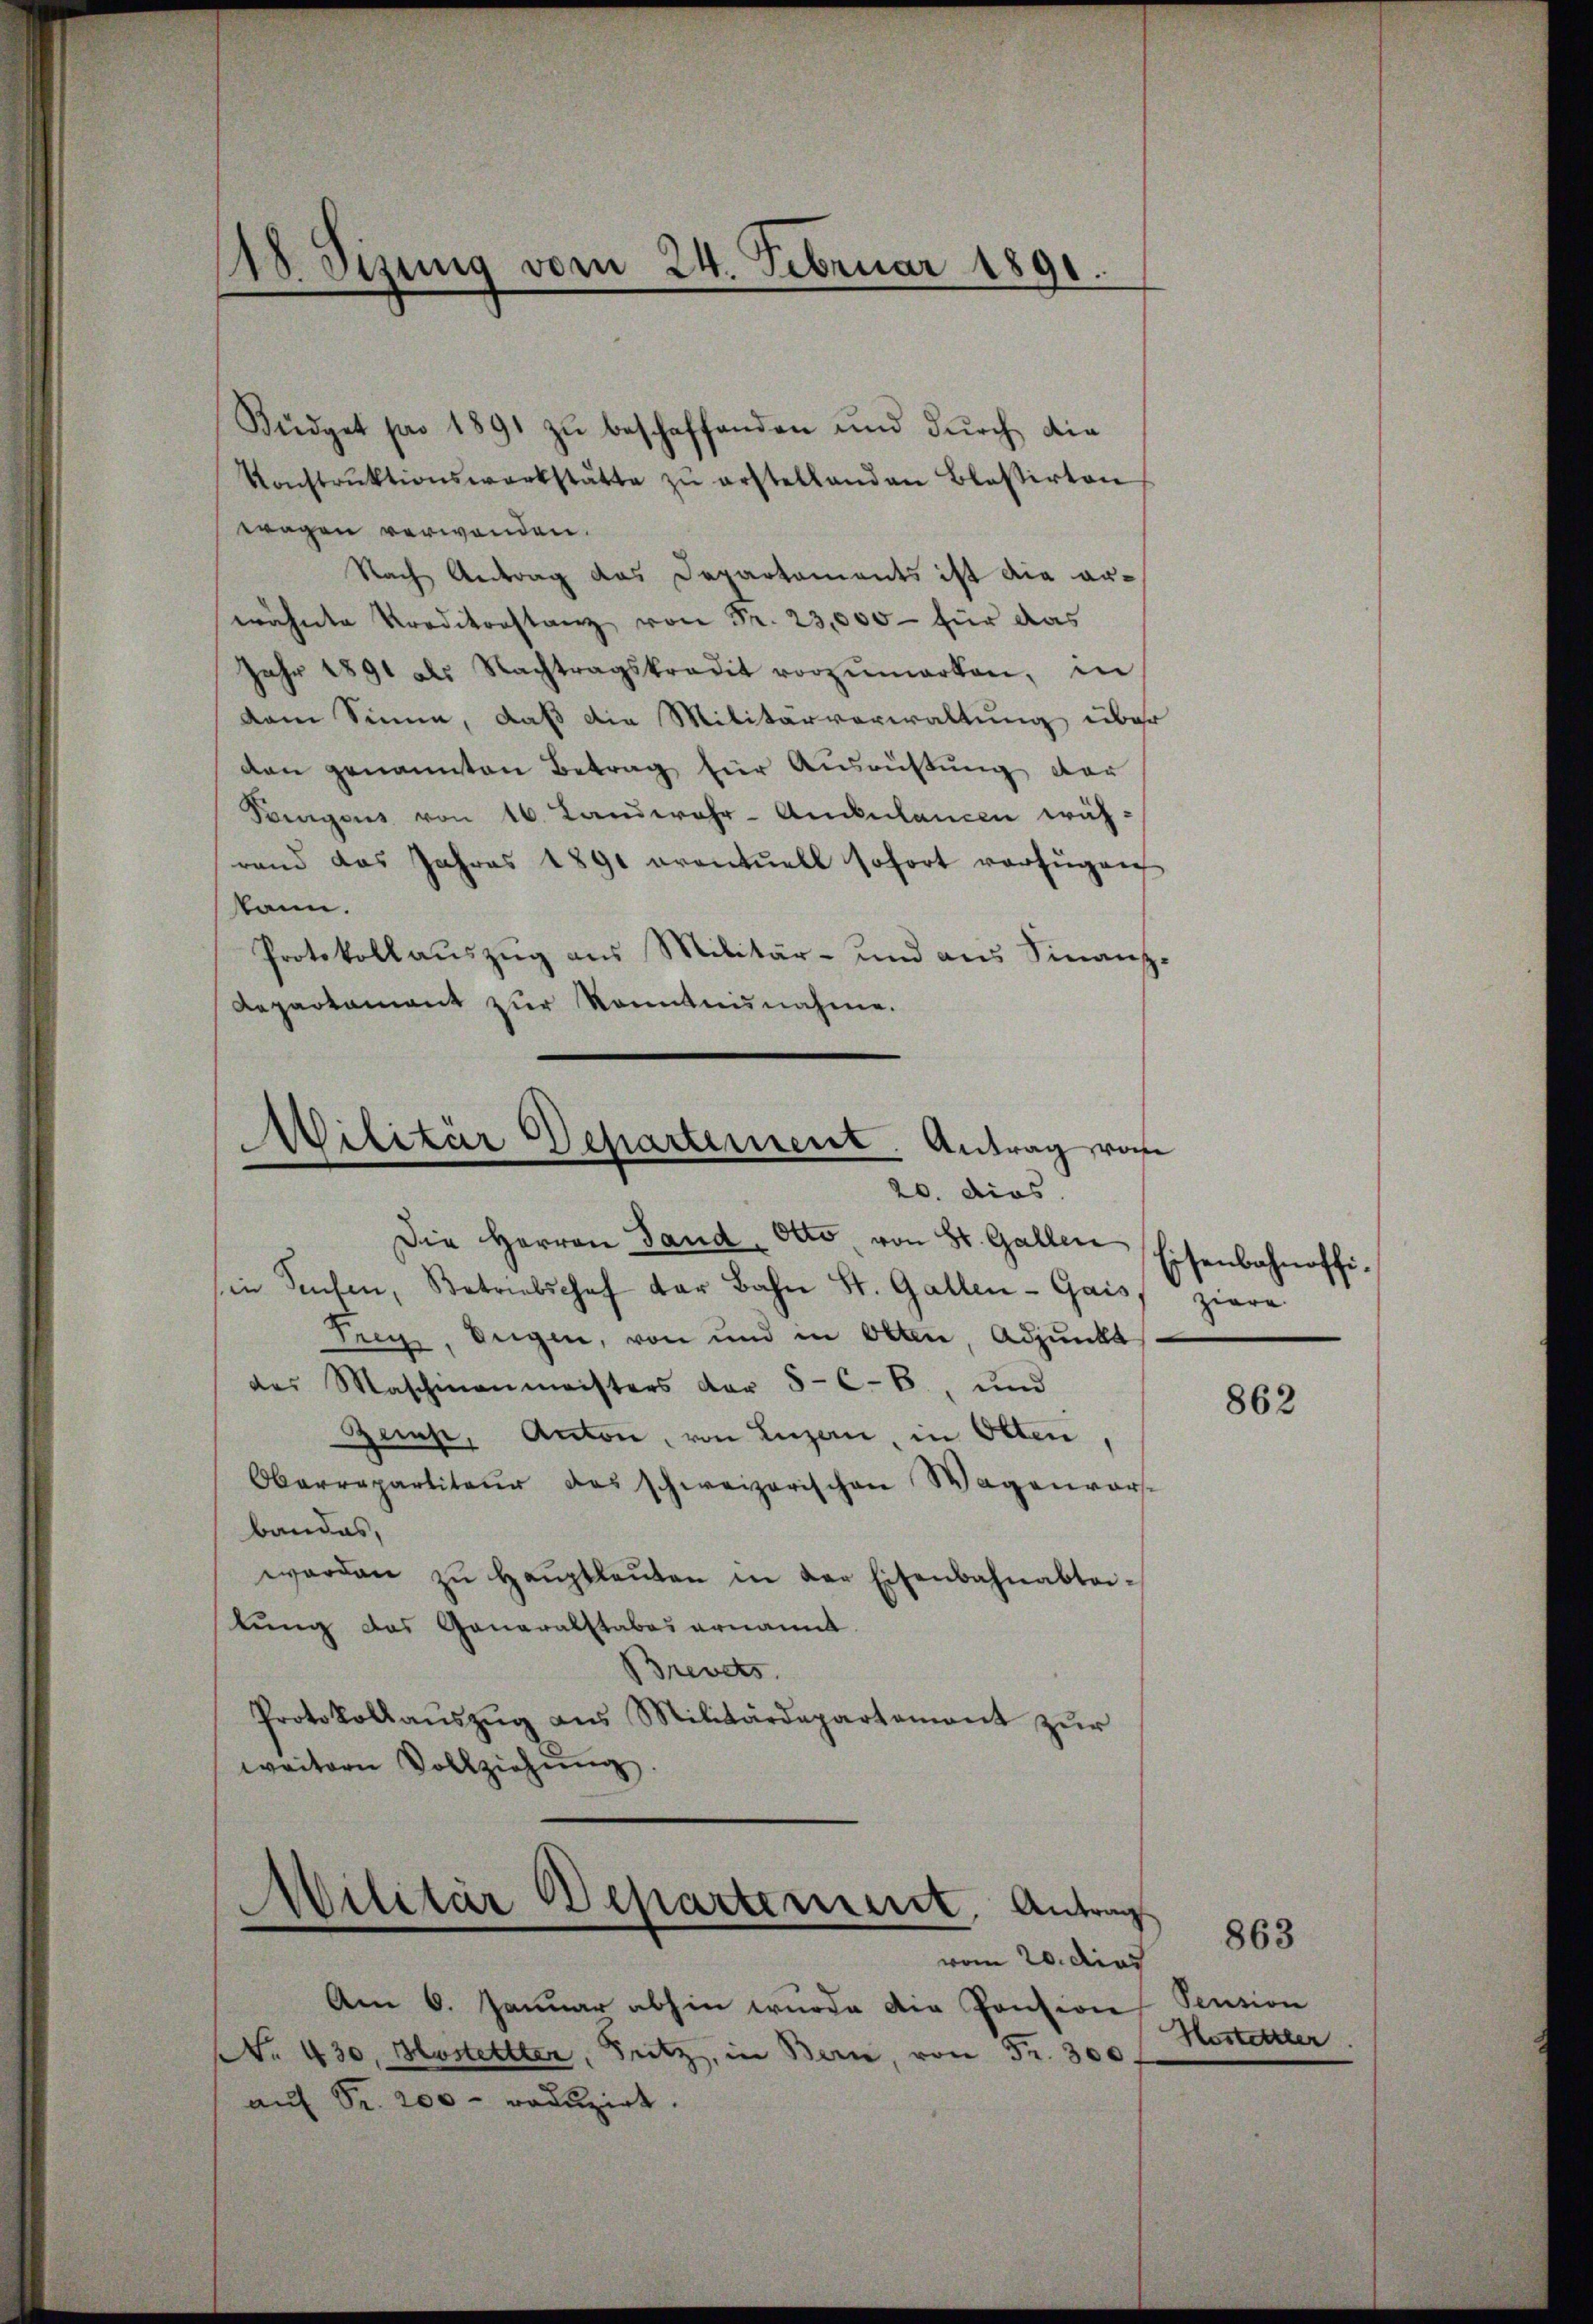
Konstrŭktionswerkstätte zŭ erstellanden Blasirten
wagen verwenden.
Nach Antrag das Departaments ist die arwähnte Preditorstanz für das
Jahr 1891 als Nachtragskredit vorzŭmarken, in
dem Sinne, daß die Militärverwaltung über
den genannten Betrag für Ausrüstung der
Tanigens von 16. Landwehr-Ambulancen wäh-
rand das Jahres 1891 eventuell sofort verfügen
kann.
Protokollaŭszŭg ans Militär- und aus Finanz-
Departament zur Kenntnisnahme.
Militär Departement. Antrag vom
20. dies
Die Herren Sand. Otto von St. Gallen
in Seifen, Retriebschef der Bahn St. Gallen-Gais, ziere
Trex, Segen, von und in Olten Adjunkt
des Maschmanmeisters der 5-C-B., und
Zemp, Anton, von Luzern, in Olten
Oberrepartiteur des schweizerischen Wagenvors
bandes,
worden zŭ haŭptleŭten in der Eisenbahnabtei-
lung das Generalstabes ernannt.
Brevets
Protokollaŭszŭg ans Militärdepartement zŭr
weitern Vollziehung

18 Jizung vom 24. Februar 1891.

Büdget par 1891 zu beschaffenden und durch die

Militär Departement, Antrag
e
vom 20. dies

Am 6. Januar abhin wurde die Pension
No. 430. Hastettler, Fritz, in Bern, von Fr. 300 f
auf Fr. 200 - roduzirt.

Eisenbahnoffi-

862

Pension
Hostettler

863